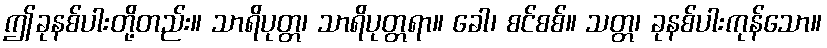
ဤခုနစ်ပါးတို့တည်း။ သာရိပုတ္တ၊ သာရိပုတ္တရာ။ ခေါ၊ စင်စစ်။ သတ္တ၊ ခုနစ်ပါးကုန်သော။